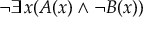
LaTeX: \neg \exists x ( A ( x ) \land \neg B ( x ) )